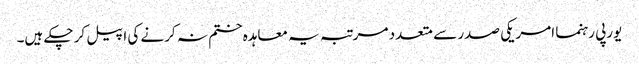
یورپی رہنما امریکی صدر سے متعدد مرتبہ یہ معاہدہ ختم نہ کرنے کی اپیل کر چکے ہیں۔